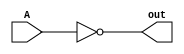
// logic op not
module NOT(input[15:0] A, output[15:0] out);
    assign out = ~A; // not
endmodule